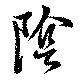
陰